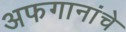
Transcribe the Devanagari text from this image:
अफगानांचे